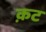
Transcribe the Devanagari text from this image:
क़ट